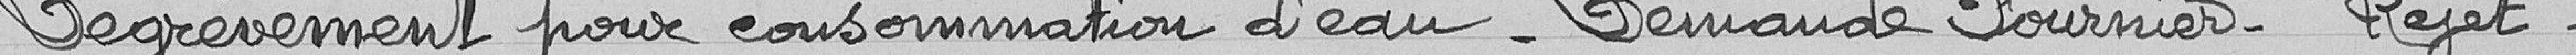
Dégrèvement pour consommation d'eau - Demande Fournier - Rejet